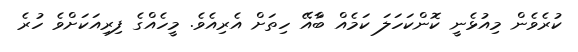
ކުރެވެން މިއުޅެނީ ކޮންކަހަލަ ކަމެއް ބާްއޭ ހިތަށް އެރިއެވެ. މީހެއްގެ ފިރިއަކަށްވެ ހުރެ